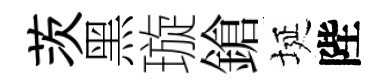
茨黑璇鎗埏陛